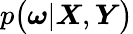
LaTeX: p\big(\boldsymbol{\omega}|\boldsymbol{X},\boldsymbol{Y}\big)